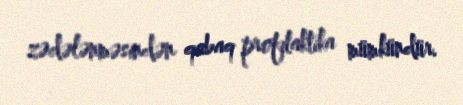
zədələnməsindən qabaq profilaktika mümkündür.